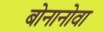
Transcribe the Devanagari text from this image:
बोनानोवा